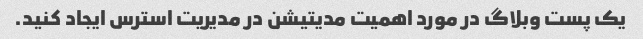
یک پست وبلاگ در مورد اهمیت مدیتیشن در مدیریت استرس ایجاد کنید.